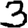
Digit: 3